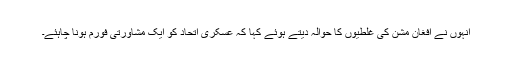
انہوں نے افغان مشن کی غلطیوں کا حوالہ دیتے ہوئے کہا کہ عسکری اتحاد کو ایک مشاورتی فورم ہونا چاہئے۔